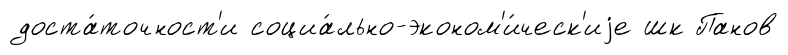
доста́точност'и социа́льно-эконом'и́ческ'иjе шк Панов